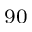
_ { 9 0 }